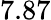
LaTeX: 7.87